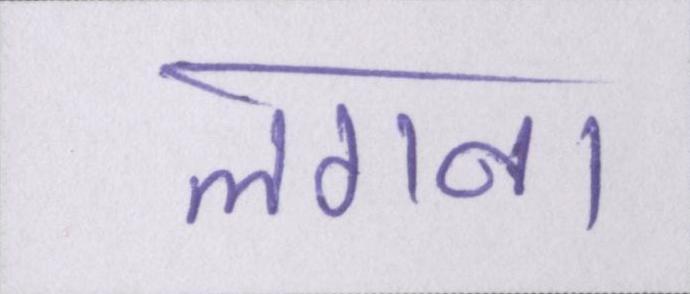
लगना